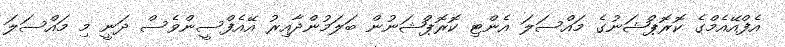
އެފްއޭއެމްގެ ކޮރޮޕްޝަނުގެ މައްސަލަ އެންޓި ކޮރޮޕްޝަނުން ބަލަމުންދާއިރު އޭއެފްސީންވެސް ދަނީ މި މައްސަލަ